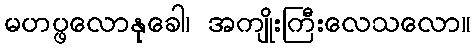
မဟပ္ဖလောနုခေါ၊ အကျိုးကြီးလေသလော။